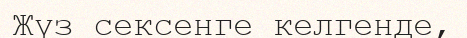
Жүз сексенге келгенде,